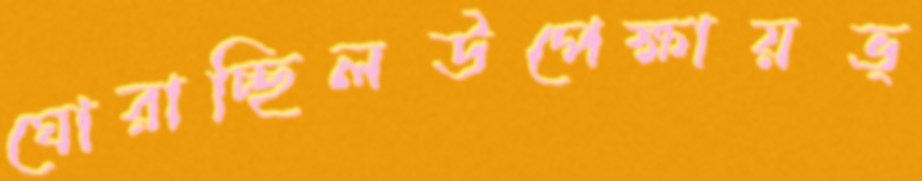
ঘোরাচ্ছিলউপেক্ষায়ভ্